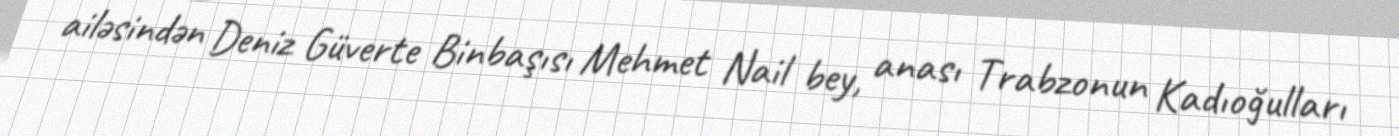
ailəsindən Deniz Güverte Binbaşısı Mehmet Nail bey, anası Trabzonun Kadıoğulları